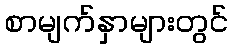
စာမျက်နှာများတွင်